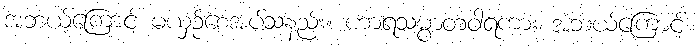
အဘယ့်ကြောင့် မယှဉ်စေအပ်သနည်း။ ဟာရသမ္ပာတဝါရကား အဘယ့်ကြောင့်